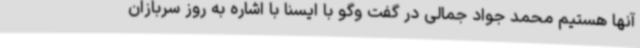
آنها هستیم محمد جواد جمالی در گفت وگو با ایسنا با اشاره به روز سربازان